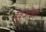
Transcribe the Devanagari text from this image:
हवुजाअत